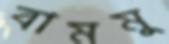
বামমু